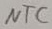
Text: NTC